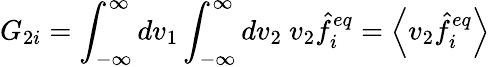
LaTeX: G_{2i}=\int_{-\infty}^{\infty}dv_{1}\int_{-\infty}^{\infty}dv_{2}\ v_{2}\hat{f}_{i}^{eq}=\left\langle v_{2}\hat{f}_{i}^{eq}\right\rangle